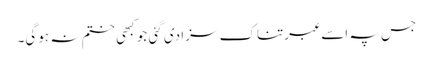
جس پہ اسے عبرتناک سزا دی گئی جو کبھی ختم نہ ہوگی۔